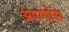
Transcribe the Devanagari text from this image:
आएगोस